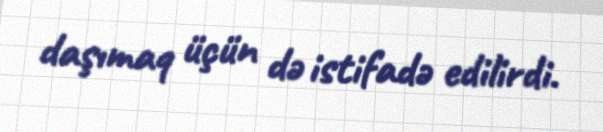
daşımaq üçün də istifadə edilirdi.